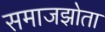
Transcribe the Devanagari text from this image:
समाजझोता